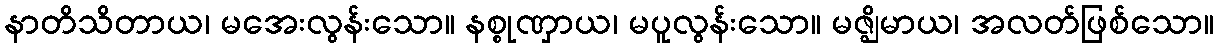
နာတိသိတာယ၊ မအေးလွန်းသော။ နစ္စုဏှာယ၊ မပူလွန်းသော။ မဇ္ဈိမာယ၊ အလတ်ဖြစ်သော။